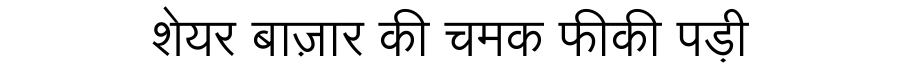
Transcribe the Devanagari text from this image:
शेयर बाज़ार की चमक फीकी पड़ी